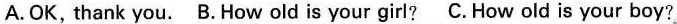
A.OK, thank you. B.How old is your girl? C.How old is your boy?